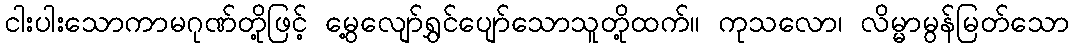
ငါးပါးသောကာမဂုဏ်တို့ဖြင့် မွေ့လျော်ရွှင်ပျော်သောသူတို့ထက်။ ကုသလော၊ လိမ္မာမွန်မြတ်သော